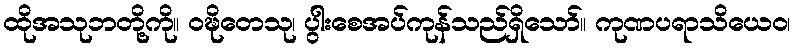
ထိုအသုဘတို့ကို။ ဝဍ္ဎိတေသု၊ ပွါးစေအပ်ကုန်သည်ရှိသော်။ ကုဏပရာသိယေဝ၊